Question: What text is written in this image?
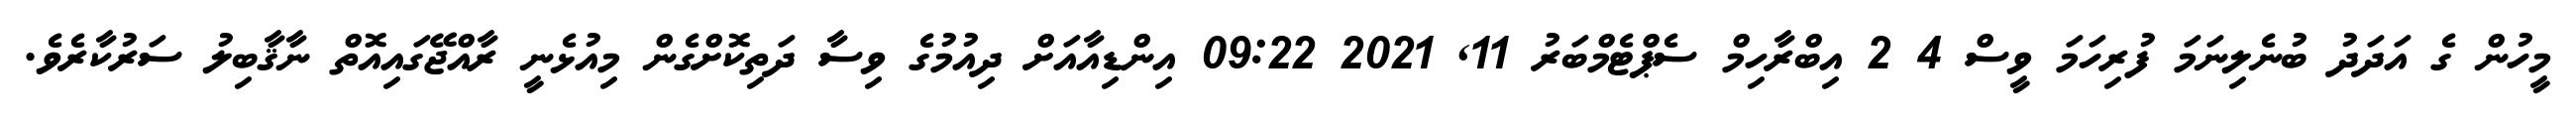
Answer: މީހުން ގެ އަދަދު ބުނެލިނަމަ ފުރިހަމަ ވީސް 4 2 އިބްރާހިމް ސެޕްޓެމްބަރު 11, 2021 09:22 އިންޑިއާއަށް ދިއުމުގެ ވިސާ ދަތިކޮށްގެން މިއުޅެނީ ރާއްޖޭގައިއޮތް ނާޤާބިލު ސަރުކާރެވެ.